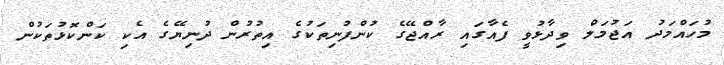
މުހައްމަދު އަޖުމަލް ވިދާޅުވީ ފެއާގައި ރާއްޖޭގެ ކުންފުނިތަކުގެ އިތުރުން ދުނިޔޭގެ އެކި ކަންކޮޅުތަކުން